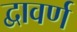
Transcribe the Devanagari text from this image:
द्वावर्ण